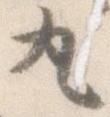
丸